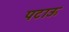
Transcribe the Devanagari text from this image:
पटाऊ